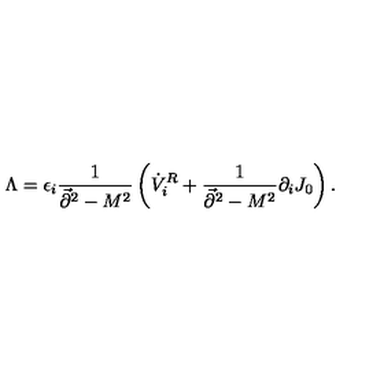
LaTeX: \Lambda = \epsilon _ { i } { \frac { 1 } { \vec { \partial } ^ { 2 } - M ^ { 2 } } } \left( \dot { V } _ { i } ^ { R } + { \frac { 1 } { \vec { \partial } ^ { 2 } - M ^ { 2 } } } \partial _ { i } J _ { 0 } \right) .